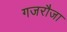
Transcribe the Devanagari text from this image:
गजरौजा